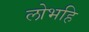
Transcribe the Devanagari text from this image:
लोभहि